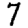
Digit: 7